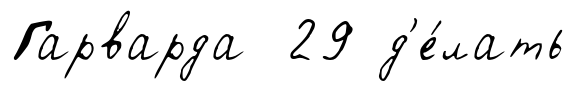
Гарварда 29 д'е́лать